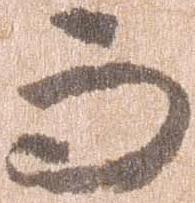
而